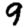
Digit: 9